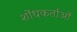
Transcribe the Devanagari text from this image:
शोंधकर्ताओं